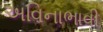
અવિનાભાવી